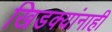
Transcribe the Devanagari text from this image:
खिडक्यांनाही